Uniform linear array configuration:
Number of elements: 48
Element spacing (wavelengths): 1
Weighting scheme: blackman
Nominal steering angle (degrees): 0
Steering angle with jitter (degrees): -1.211
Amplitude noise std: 0.05
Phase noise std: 0.05

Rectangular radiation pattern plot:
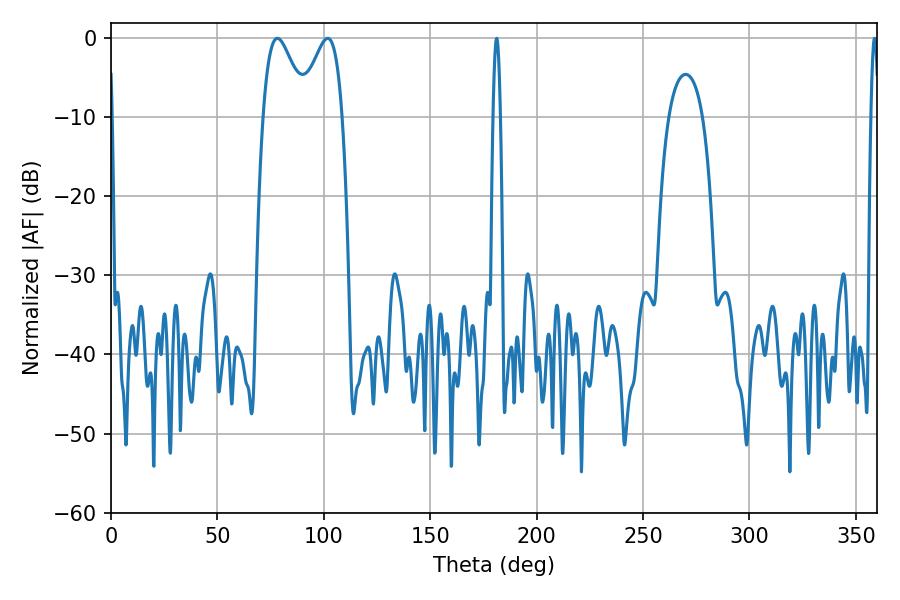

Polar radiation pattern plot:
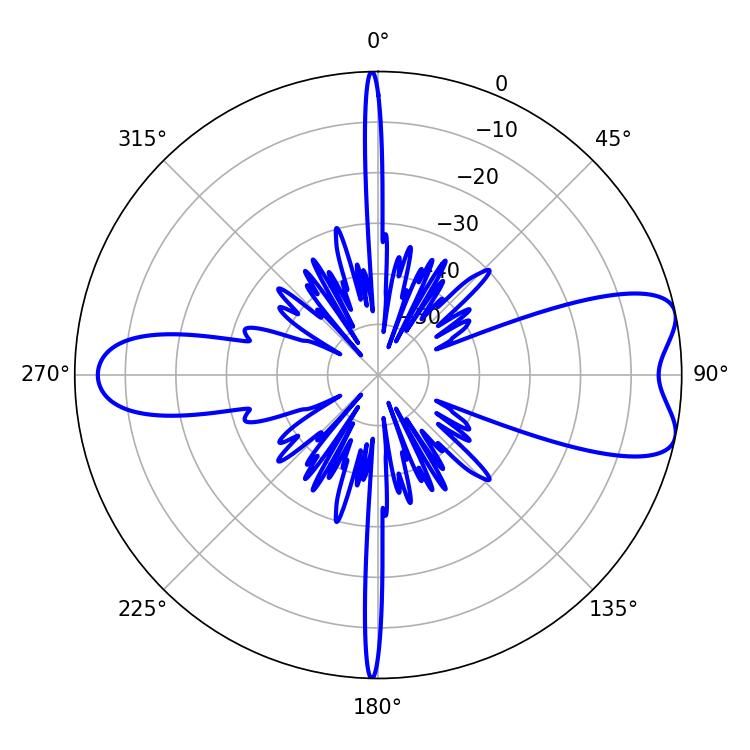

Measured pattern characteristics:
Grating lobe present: TRUE
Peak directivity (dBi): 8.009
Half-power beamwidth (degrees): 10.62
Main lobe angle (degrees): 78.12